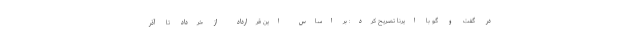
در گفت و گو با ایرنا تصریح کرد: بر اساس این قرارداد از خرداد تا آذر